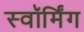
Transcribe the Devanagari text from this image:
स्वॉर्मिंग